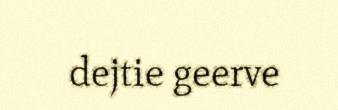
dejtie geerve